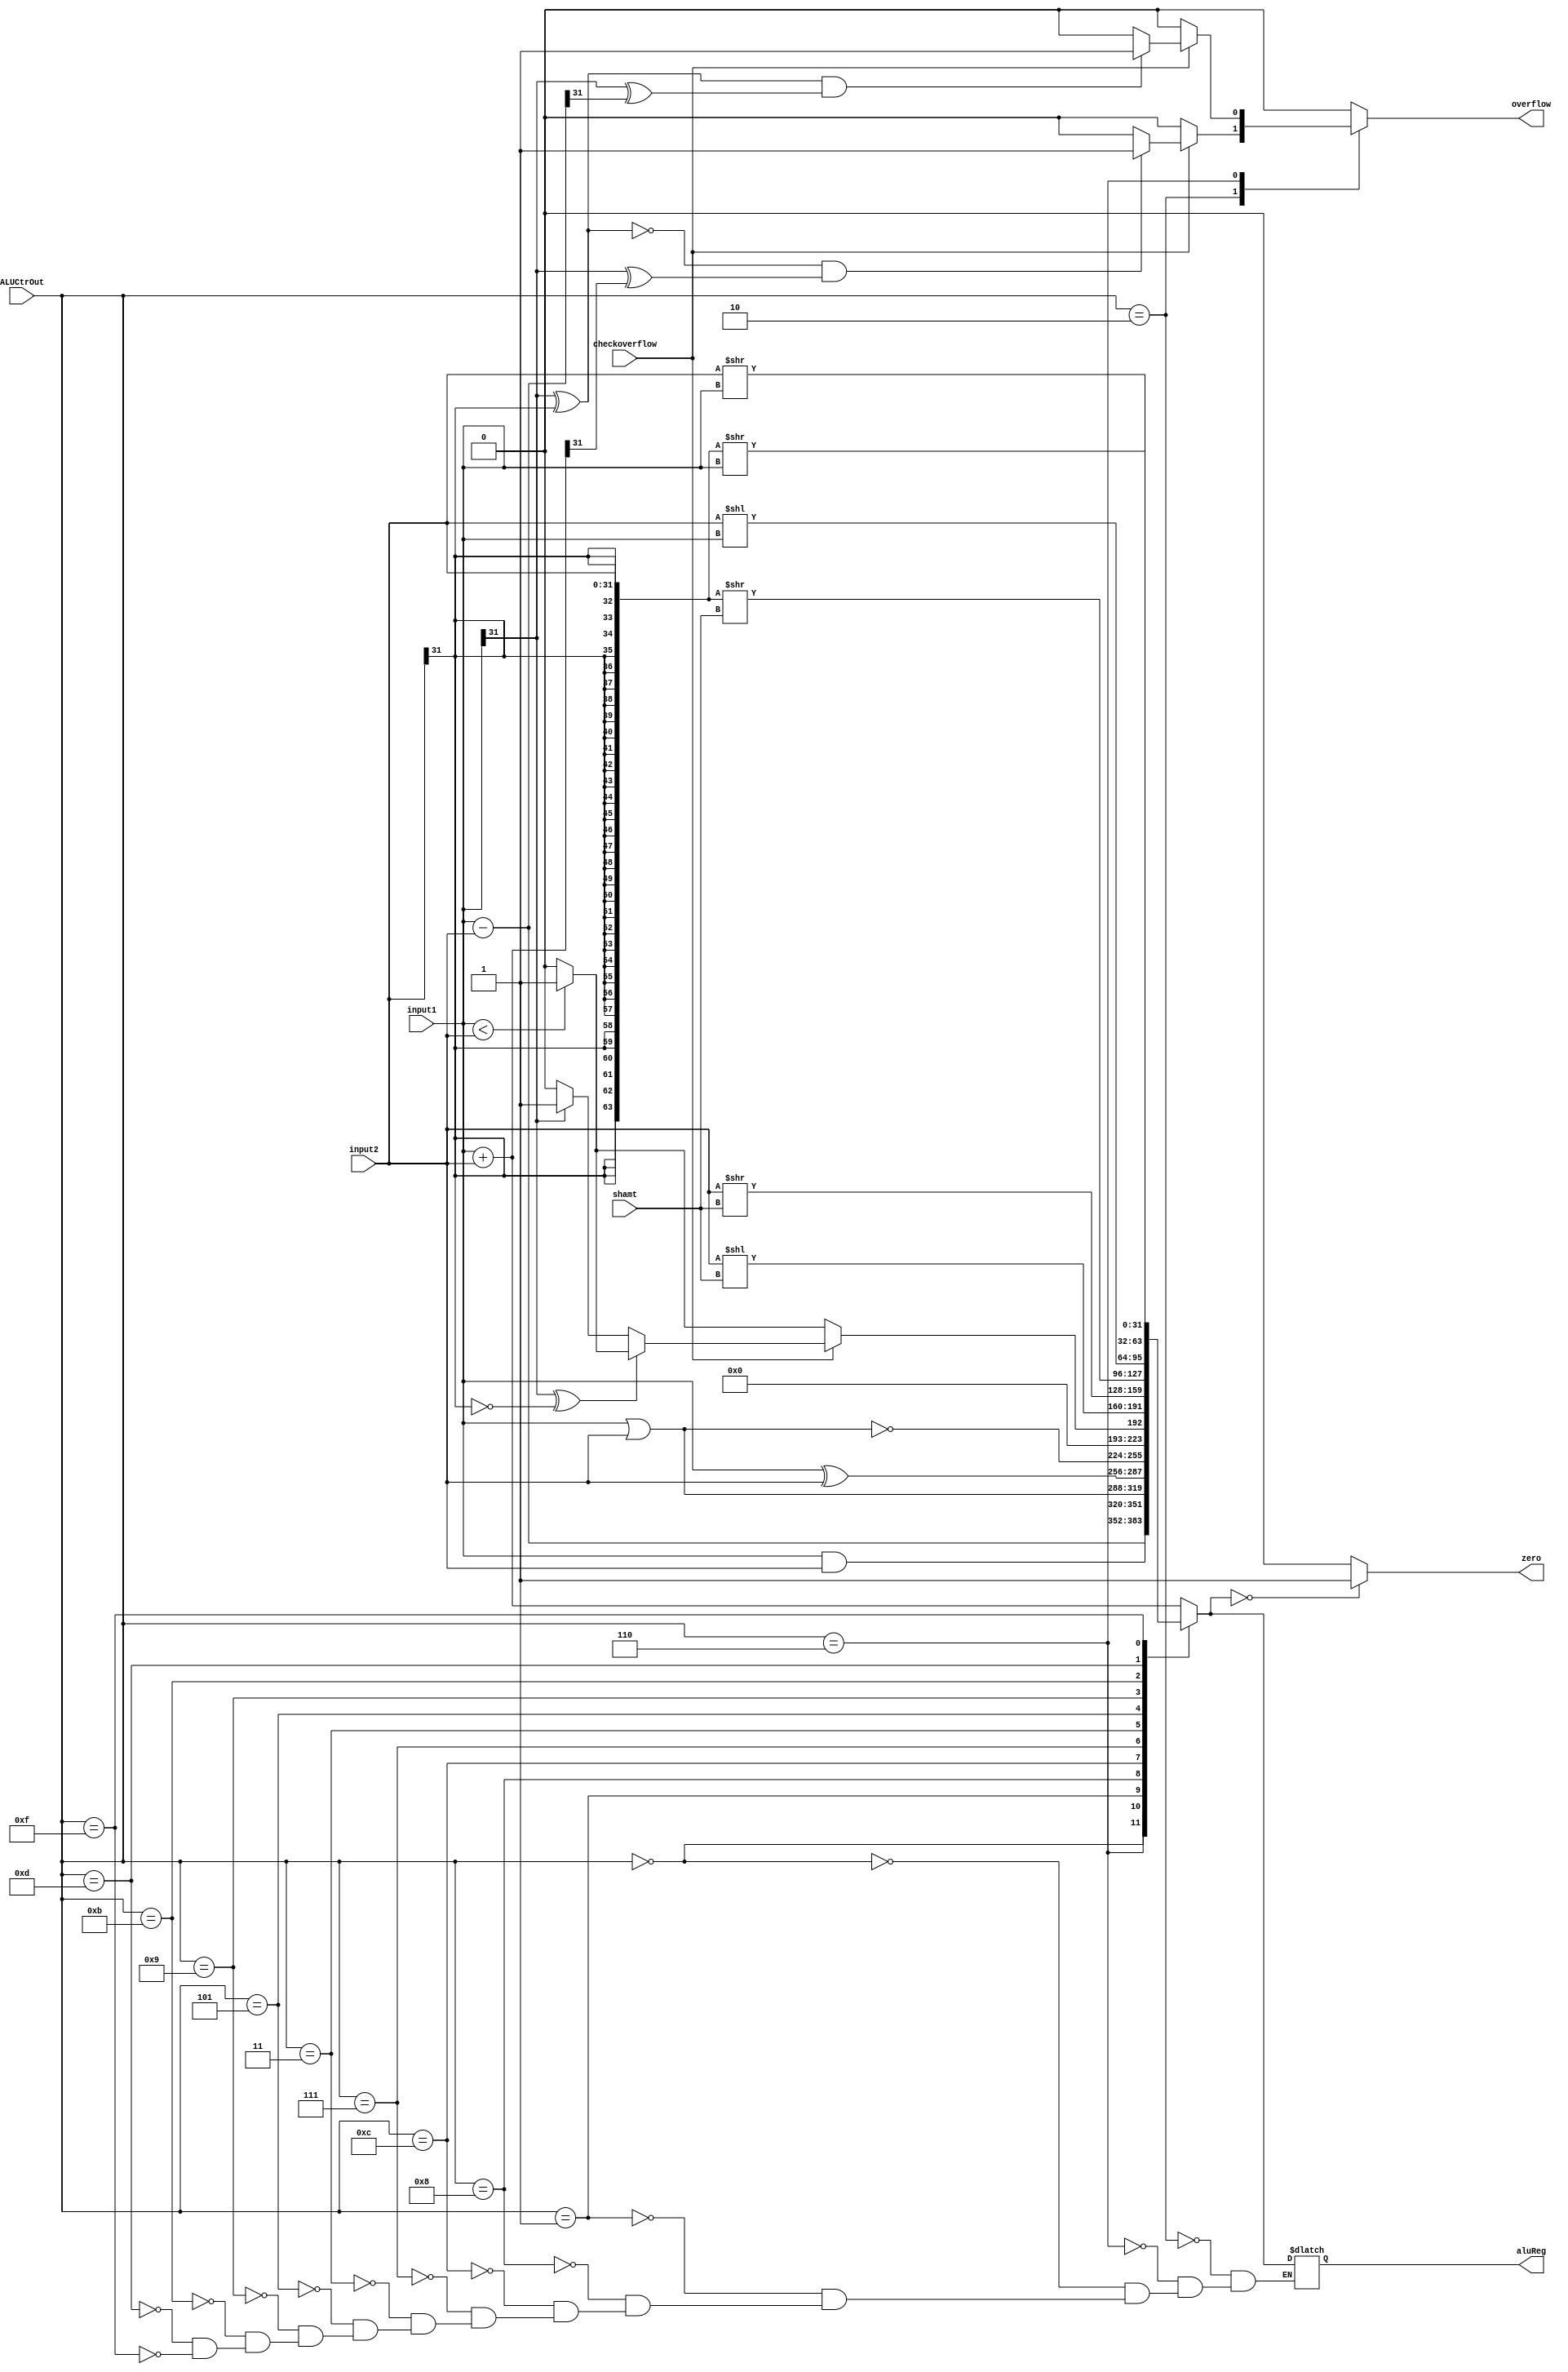
`timescale 1ns / 1ps
//////////////////////////////////////////////////////////////////////////////////
// Company: 
// Engineer: 
// 
// Design Name: 
// Module Name: ALU
// Project Name: 
// Target Devices: 
// Tool Versions: 
// Description: 
// 
// Dependencies: 
// 
// Revision:
// Revision 0.01 - File Created
// Additional Comments:
// 
//////////////////////////////////////////////////////////////////////////////////


module ALU(
    input [31:0] input1,
    input [31:0] input2,
    input [3:0] ALUCtrOut,
    input [4:0] shamt, 
    input checkoverflow,
    output reg zero,
    output reg [31:0] aluReg,
    output reg overflow
    );
    
    reg [63:0] sign;
    
    always @ (input1 or input2 or ALUCtrOut or shamt or checkoverflow)
    begin
        overflow=0;
        case (ALUCtrOut)
        4'b0010://add
        begin
            aluReg=input1+input2;
            if(checkoverflow)
            begin
                if(!(input1[31]^input2[31])&&(input1[31]^aluReg[31])) overflow=1;
            end
        end
        4'b0110://sub
        begin
            aluReg=input1-input2;
            if(checkoverflow)
            begin
                if((input1[31]^input2[31])&&(input1[31]^aluReg[31])) overflow=1;
            end
        end
        4'b0000:aluReg=input1&input2;//and
        4'b0001:aluReg=input1|input2;//or
        4'b1000:aluReg=input1^input2;//xor
        4'b1100:aluReg=~(input1|input2);//nor               
        4'b0111://slt sltu
        begin
            if(!checkoverflow)
            begin//     
                aluReg=(input1<input2)?1:0;
            end
            else//
            begin
                if(input1[31]^input2[31]==0) aluReg=(input1<input2)?1:0;
                else aluReg=(input1[31]==1)?1:0;
            end
        end
        4'b0011:aluReg=input2<<shamt;//sll
        4'b0101:aluReg=input2>>shamt;//srl
        4'b1001://sra
        begin
            sign={{32{input2[31]}},input2};
            sign=sign>>shamt;
            aluReg=sign[31:0];
        end
        4'b1011:aluReg=input2<<input1;//sllv
        4'b1101:aluReg=input2>>input1;//srlv
        4'b1111://srav
        begin
            sign={{32{input2[31]}},input2};
            sign=sign>>input1;
            aluReg=sign[31:0];
        end
        endcase
        
        if (aluReg==0)
            zero=1;
        else
            zero=0;
    end
endmodule